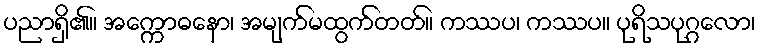
ပညာရှိ၏။ အက္ကောဓနော၊ အမျက်မထွက်တတ်။ ကဿပ၊ ကဿပ။ ပုရိသပုဂ္ဂလော၊